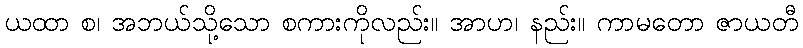
ယထာ စ၊ အဘယ်သို့သော စကားကိုလည်း။ အာဟ၊ နည်း။ ကာမတော ဇာယတီ